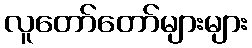
လူတော်တော်များများ